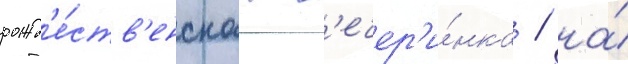
рожд'е́ств'енскаа в'ечер'и́нка / на́